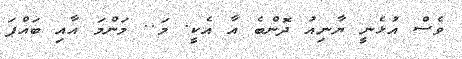
ވެސް އުޅެނީ ޔާނިއު ދޮންބެ އާ އެކީ. މަ.. މަންމަ އާއި ބައްޕަ